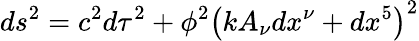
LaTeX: ds^{2}=c^{2}d\tau^{2}+\phi^{2}\left(kA_{\nu}dx^{\nu}+dx^{5}\right)^{2}